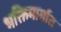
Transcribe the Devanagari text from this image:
भक्तिमार्गात